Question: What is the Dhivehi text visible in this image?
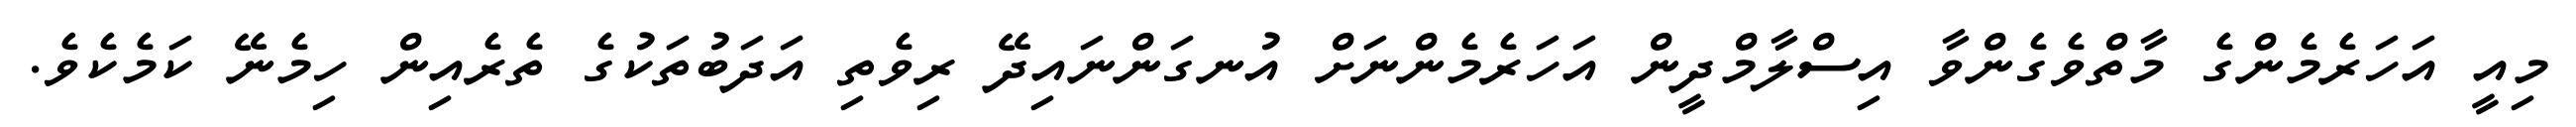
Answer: މިއީ އަހަރެމެންގެ މާތްވެގެންވާ އިސްލާމްދީން އަހަރެމެންނަށް އުނގަންނައިދޭ ރިވެތި އަދަބުތަކުގެ ތެރެއިން ހިމެނޭ ކަމެކެވެ.